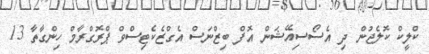
ކްލީކް ކޮލެޖުން ދި އެސޯސިއޭޝަން އޮފް ބިޒްނަސް އެގްޒެކެޓިސްވް ޕްރޮގްރާމް ހިންގާތާ 13